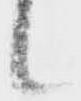
候